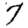
Digit: 7